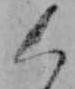
く